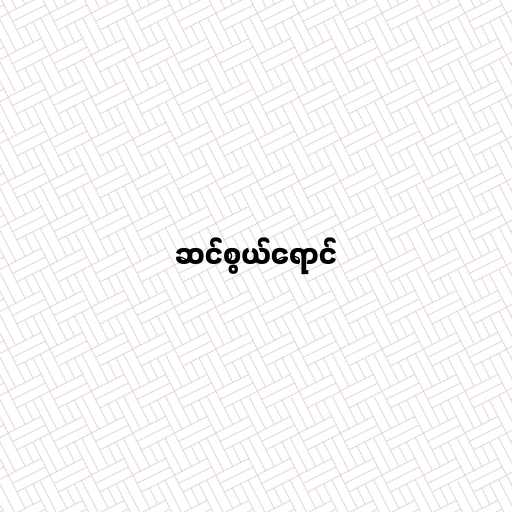
ဆင်စွယ်ရောင်